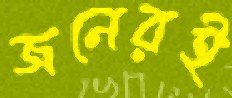
জনেরই